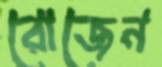
রোজেন